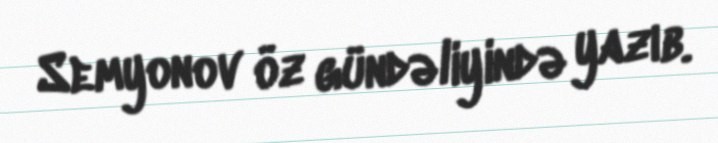
Semyonov öz gündəliyində yazıb.